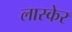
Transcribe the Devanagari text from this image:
लास्केर